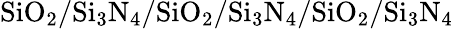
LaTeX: \mathrm{SiO_{2}/Si_{3}N_{4}/SiO_{2}/Si_{3}N_{4}/SiO_{2}/Si_{3}N_{4}}